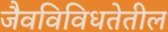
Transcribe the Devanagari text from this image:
जैवविविधतेतील